Vaccination report Assam 1896-1927 - 1896-1927
Year: 1896
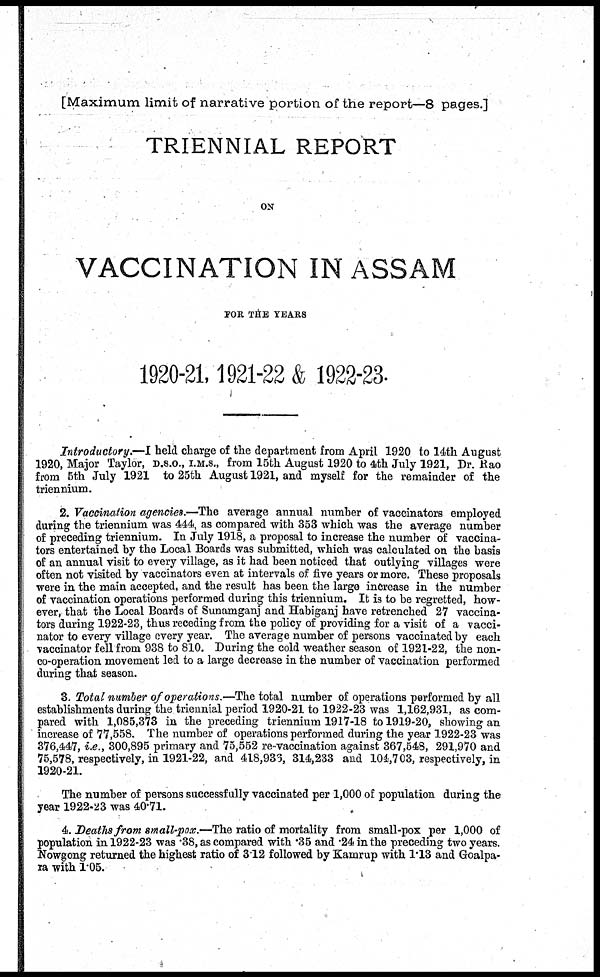
[Maximum limit of narrative portion of the report—8 pages.]
TRIENNIAL REPORT
ON
VACCINATION IN ASSAM
FOR THE YEARS
1920-21, 1921-22 & 1922-23.
Introductory.—I held charge of the department from April 1920 to 14th August
1920, Major Taylor, D.S.O., I.M.S., from 15th August 1920 to 4th July 1921, Dr. Rao
from 5th July 1921 to 25th August 1921, and myself for the remainder of the
triennium.
2. Vaccination agencies.—The average annual number of vaccinators employed
during the triennium was 444, as compared with 353 which was the average number
of preceding triennium. In July 1918, a proposal to increase the number of vaccina-
tors entertained by the Local Boards was submitted, which was calculated on the basis
of an annual visit to every village, as it had been noticed that outlying villages were
often not visited by vaccinators even at intervals of five years or more. These proposals
were in the main accepted, and the result has been the large increase in the number
of vaccination operations performed during this triennium. It is to be regretted, how-
ever, that the Local Boards of Sunamganj and Habiganj have retrenched 27 vaccina-
tors during 1922-23, thus receding from the policy of providing for a visit of a vacci-
nator to every village every year. The average number of persons vaccinated by each
vaccinator fell from 938 to 810. During the cold weather season of 1921-22, the non-
co-operation movement led to a large decrease in the number of vaccination performed
during that season.
3. Total number of operations.—The total number of operations performed by all
establishments during the triennial period 1920-21 to 1922-23 was 1,162,931, as com-
pared with 1,085,373 in the preceding triennium 1917-18 to 1919-20, showing an
increase of 77,558. The number of operations performed during the year 1922-23 was
376,447, i.e., 300,895 primary and 75,552 re-vaccination against 367,548, 291,970 and
75,578, respectively, in 1921-22, and 418,936, 314,233 and 104,703, respectively, in
1920-21.
The number of persons successfully vaccinated per 1,000 of population during the
year 1922-23 was 40.71.
4. Deaths from small-pox.—The ratio of mortality from small-pox per 1,000 of
population in 1922-23 was .38, as compared with .35 and .24 in the preceding two years.
Nowgong returned the highest ratio of 3.12 followed by Kamrup with 1.13 and Goalpa¬
ra with 1.05.